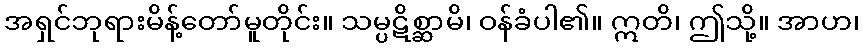
အရှင်ဘုရားမိန့်တော်မူတိုင်း။ သမ္ပဋိစ္ဆာမိ၊ ဝန်ခံပါ၏။ ဣတိ၊ ဤသို့။ အာဟ၊